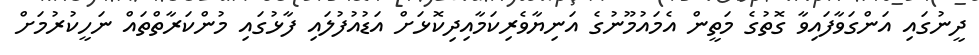
ދީނުގައި އަންގަވާފައިވާ ގޮތުގެ މަތީން އެމައުމޫނުގެ އަނިޔާވެރިކަމާއިދިކޮޅަށް އަޑުއުފުލައި ފާޅުގައި މުންކަރާތްތައް ނަހީކުރުމަށް